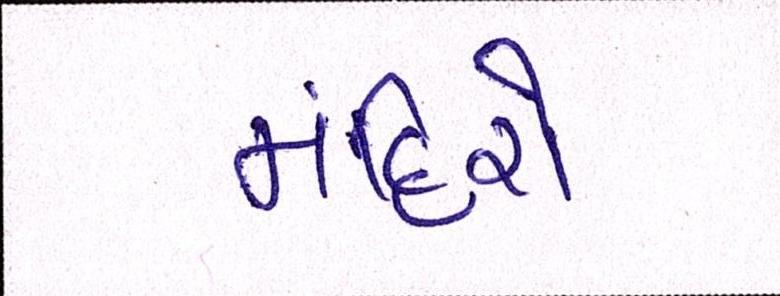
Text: મંદિરો